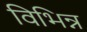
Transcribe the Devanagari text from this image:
विभिन्न